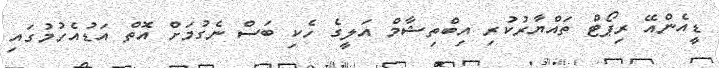
ޑީއެންއޭ ރިޕޯޓް ތައްޔާރުކުރި އިބްތިޝާމް އަލީގެ ހެކި ބަސް ނެގުމަށް އޮތް އަޑުއެހުމުގައި